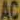
AC